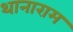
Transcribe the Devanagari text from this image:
थानाराम